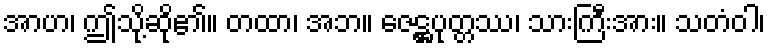
အာဟ၊ ဤသို့ဆို၏။ တထာ၊ အဘ။ ဇေဋ္ဌပုတ္တဿ၊ သားကြီးအား။ သတံဝါ၊